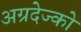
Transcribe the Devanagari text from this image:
अग्रदेज्को